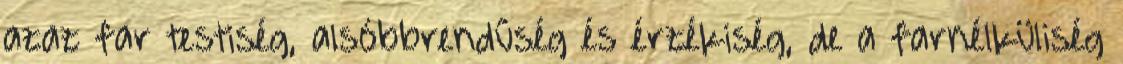
azaz far testiség, alsóbbrendűség és érzékiség, de a farnélküliség